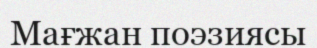
Мағжан поэзиясы